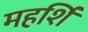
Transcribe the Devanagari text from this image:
महर्शि